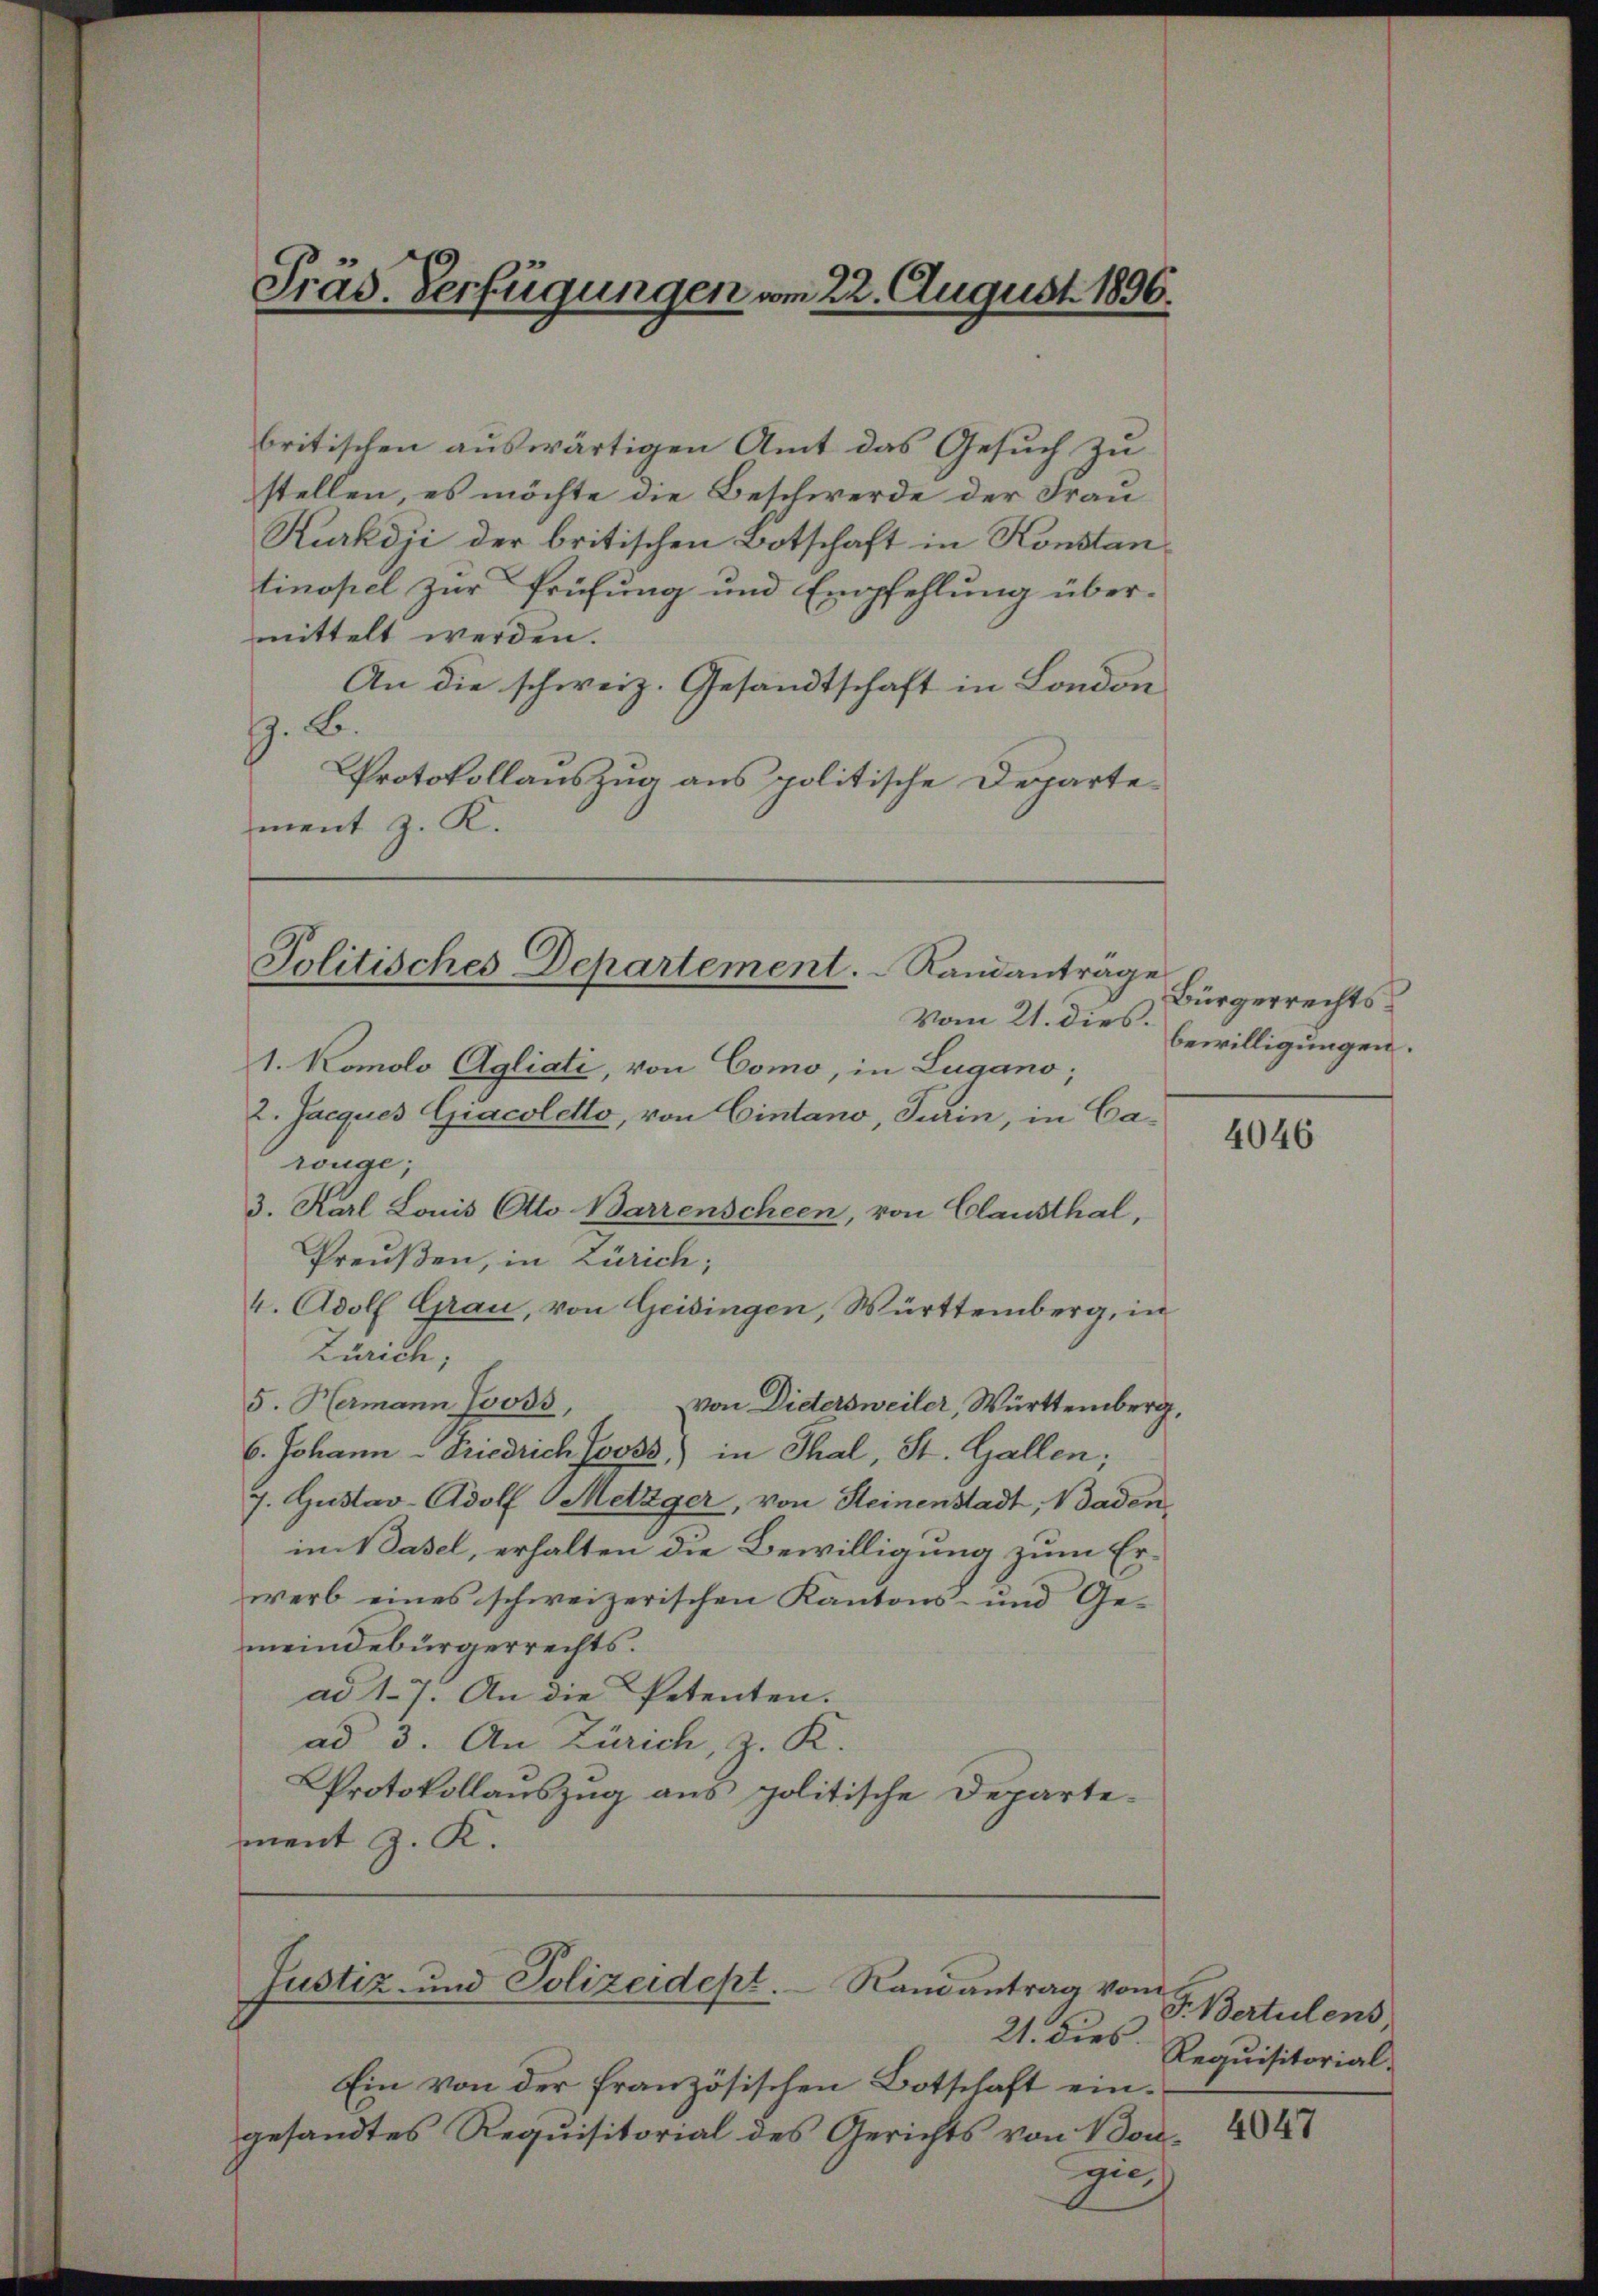
Präs. Verfügungen vom 22. August 1896.

britischen auswärtigen Amt das Gesuch zu
stellen, es möchte die Beschwerde der Frau
tinopel zur Prüfung und Empfehlung über-
mittelt werden.
An die schweiz. Gesandtschaft in London
z. B.
Protokollauszug aus politische Departement z. K.

Politisches Departement.  Randanträge

1. Komolo Agliati, von Como, in Lugano,
2. Jacques Giacoletto, von Eintano, Turin, in Carouge;
3. Karl Louis Otto Barrenscheen, von Clausthal,
Preußen, in Zürich;
4. Adolf Grau, von Geisingen, Württemberg, in
Zürich,
5. Hermann Jooss,
von Dietersweiler, Württemberg,
6. Johann - Friedrich Jooss) in Thal, St. Gallen;
J. Gustav-Adolf Metzger, von Heinenstadt, Baden,
im Basel, erhalten die Bewilligung zum Erwerb eines schweizerischen Kantons- und Ge-
meindebürgerrechts.
ad 17. An die Petenten.
ad 3. An Zürich, z. K.
Protokollauszug aus politische Departement z. K.

Kurköji der britischen Botschaft in Konstan¬

Justiz- und Polizeidept. Ramantrag vom

Bürgerrechts¬
Vom 21. dies bewilligungen.

21. dies
Ein von der französischen Botschaft eingesandtes Requisitorial des Gerichts von Boni

4046

F. Berteilens
Requisitorial-

4047